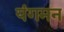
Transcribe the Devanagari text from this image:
यंगमन